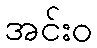
အင်းဝ